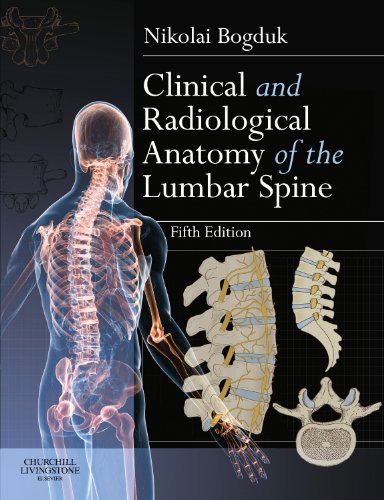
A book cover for Clinical and Radiological Anatomy of the Lumbar Spine, 5e; Nikolai Bogduk BSc(Med) MB BS MD PhD DSc DipAnat DipPainMed FAFRM FAFMM FFPM(ANZCA); Medical Books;